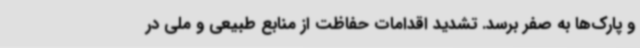
و پارک‌ها به صفر برسد. تشدید اقدامات حفاظت از منابع طبیعی و ملی در